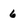
Character: 6